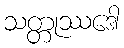
သတ္တုဿဒေါ